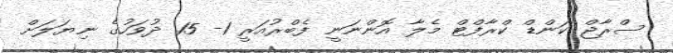
ސްރާޖް ކަންޑް ކްރާފްޓް މެލާ އޮންނަނީ ފެބްރުއަރީ 1- 15 ދުވަހުގެ ނިޔަލަށް